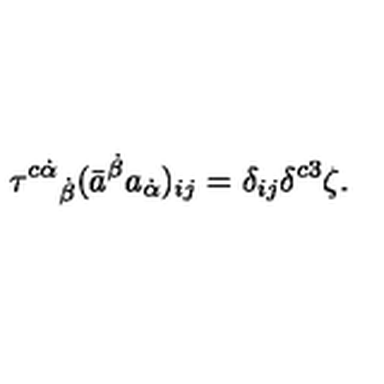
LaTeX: \tau ^ { c \dot { \alpha } } { } _ { \dot { \beta } } ( \bar { a } ^ { \dot { \beta } } a _ { \dot { \alpha } } ) _ { i j } = \delta _ { i j } \delta ^ { c 3 } \zeta .